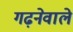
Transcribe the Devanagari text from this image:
गढ़नेवाले